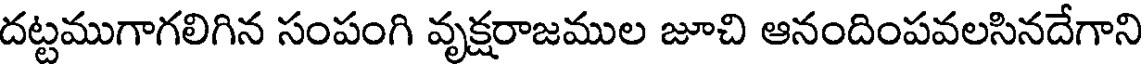
దట్టముగాగలిగిన సంపంగి వృక్షరాజముల జూచి ఆనందింపవలసినదేగాని